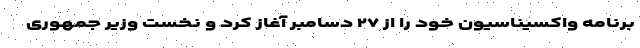
برنامه واکسیناسیون خود را از ۲۷ دسامبر آغاز کرد و نخست وزیر جمهوری